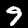
Digit: 9